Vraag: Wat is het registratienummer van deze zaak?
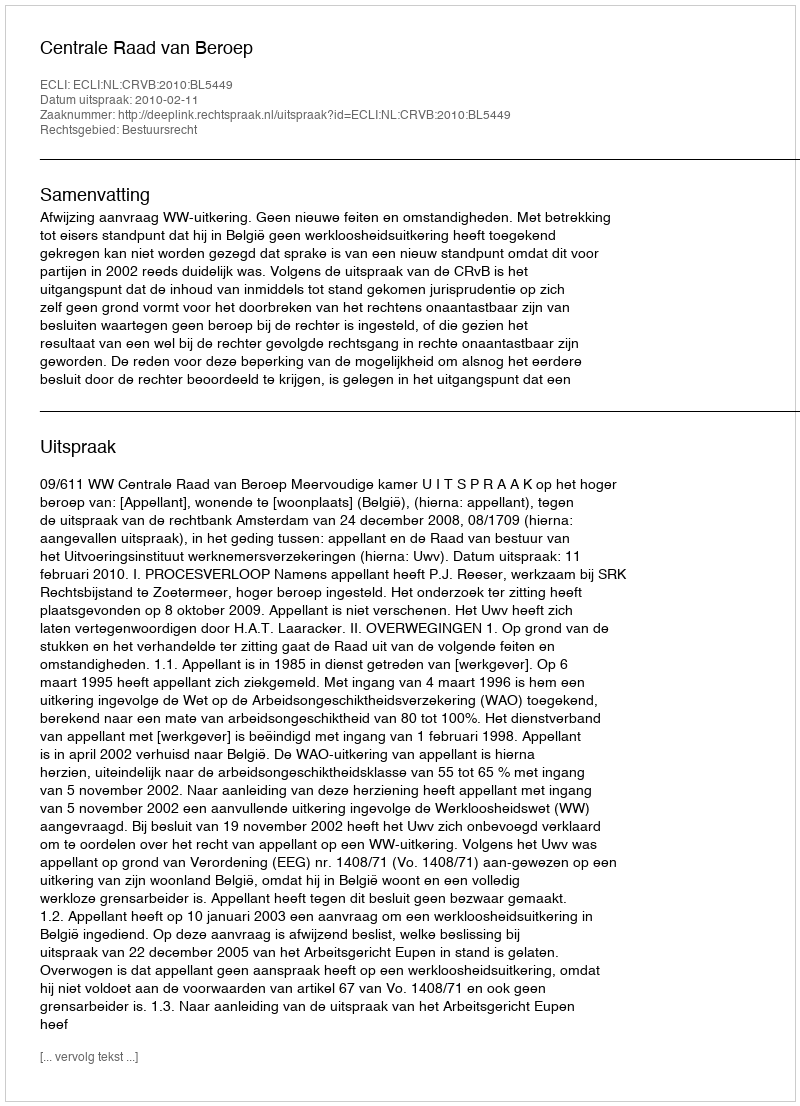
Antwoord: http://deeplink.rechtspraak.nl/uitspraak?id=ECLI:NL:CRVB:2010:BL5449